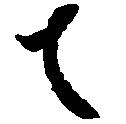
者